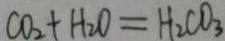
C O _ { 2 } + H _ { 2 } O = H _ { 2 } C O _ { 3 }